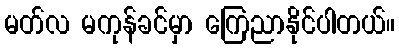
မတ်လ မကုန်ခင်မှာ ကြေညာနိုင်ပါတယ်။